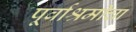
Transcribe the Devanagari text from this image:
पूर्वाश्रमीचा